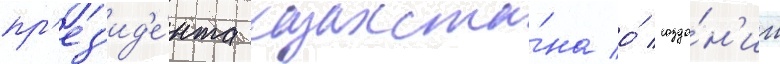
пр'ез'ид'е́нта казахста́на о́ созда́н'ии